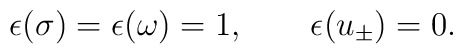
\epsilon(\sigma)=\epsilon(\omega)=1,\qquad\epsilon(u_\pm)=0.